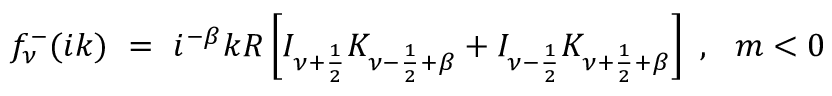
f _ { \nu } ^ { - } ( i k ) \ = \ i ^ { - \beta } k R \left[ I _ { \nu + \frac 1 2 } K _ { \nu - \frac 1 2 + \beta } + I _ { \nu - \frac 1 2 } K _ { \nu + \frac 1 2 + \beta } \right] \ , \ \ m < 0